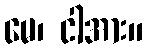
မေ၊ ငါအား။